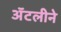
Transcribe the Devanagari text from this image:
अॅटलीने